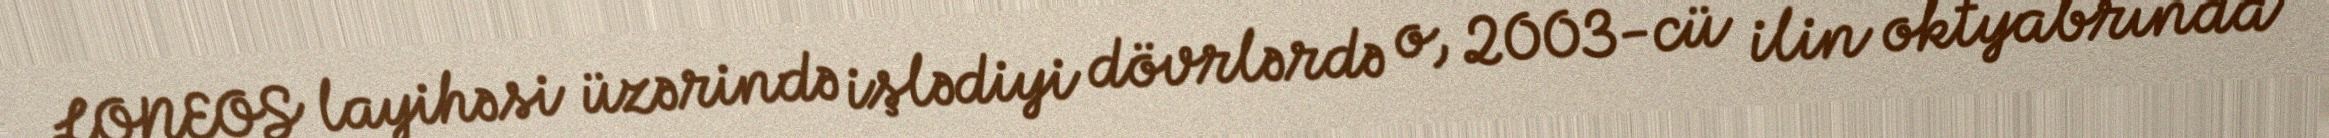
LONEOS layihəsi üzərində işlədiyi dövrlərdə o, 2003-cü ilin oktyabrında